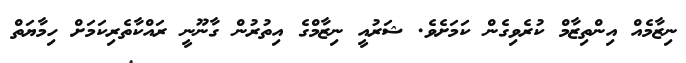
ނިޒާމެއް އިންތިޒާމް ކުރެވިގެން ކަމަށެވެ. ޝަރުއީ ނިޒާމްގެ އިތުރުން ގާނޫނީ ރައްކާތެރިކަމަށް ހިމާޔަތް